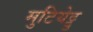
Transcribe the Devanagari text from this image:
मुटियेट्टु